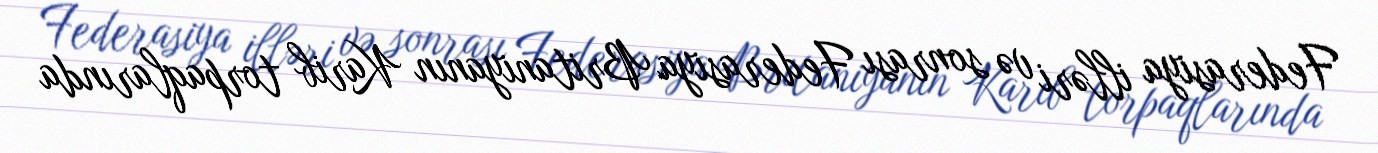
Federasiya illəri və sonrası Federasiya Britaniyanın Karib torpaqlarında